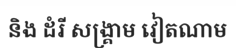
និង ដំរី សង្គ្រាម វៀតណាម